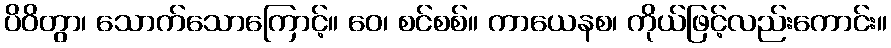
ပိဝိတွာ၊ သောက်သောကြောင့်။ ဝေ၊ စင်စစ်။ ကာယေနစ၊ ကိုယ်ဖြင့်လည်းကောင်း။